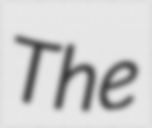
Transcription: The